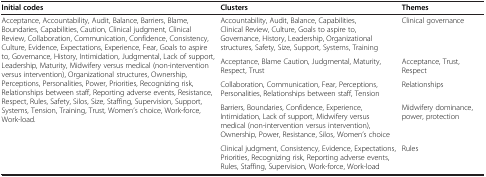
| Initial codes | Clusters | Themes |
 | --- | --- | --- |
 | <ROWSPAN=5> Acceptance, Accountability, Audit, Balance, Barriers, Blame, Boundaries, Capabilities, Caution, Clinical judgment, Clinical Review, Collaboration, Communication, Confidence, Consistency, Culture, Evidence, Expectations, Experience, Fear, Goals to aspire to, Governance, History, Intimidation, Judgmental, Lack of support, Leadership, Maturity, Midwifery versus medical (non-intervention versus intervention), Organizational structures, Ownership, Perceptions, Personalities, Power, Priorities, Recognizing risk, Relationships between staff, Reporting adverse events, Resistance, Respect, Rules, Safety, Silos, Size, Staffing, Supervision, Support, Systems, Tension, Training, Trust, Women’s choice, Work-force, Work-load. | Accountability, Audit, Balance, Capabilities, Clinical Review, Culture, Goals to aspire to, Governance, History, Leadership, Organizational structures, Safety, Size, Support, Systems, Training | Clinical governance |
 | Acceptance, Blame Caution, Judgmental, Maturity, Respect, Trust | Acceptance, Trust, Respect |
 | Collaboration, Communication, Fear, Perceptions, Personalities, Relationships between staff, Tension | Relationships |
 | Barriers, Boundaries, Confidence, Experience, Intimidation, Lack of support, Midwifery versus medical (non-intervention versus intervention), Ownership, Power, Resistance, Silos, Women’s choice | Midwifery dominance, power, protection |
 | Clinical judgment, Consistency, Evidence, Expectations, Priorities, Recognizing risk, Reporting adverse events, Rules, Staffing, Supervision, Work-force, Work-load | Rules |